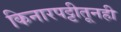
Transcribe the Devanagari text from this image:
किनारपट्टीतूनही